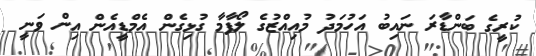
ކުރީގެ ބަންޑާރަ ނައިބު އަހުމަދު މުއިއްޒުގެ ލޯފާމާ ގުޅިގެން އެމްޑީއެން އިން ވަނީ